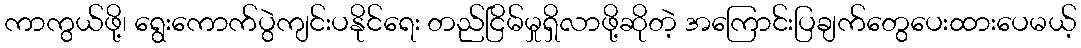
ကာကွယ်ဖို့၊ ရွေးကောက်ပွဲကျင်းပနိုင်ရေး တည်ငြိမ်မှုရှိလာဖို့ဆိုတဲ့ အကြောင်းပြချက်တွေပေးထားပေမယ့်